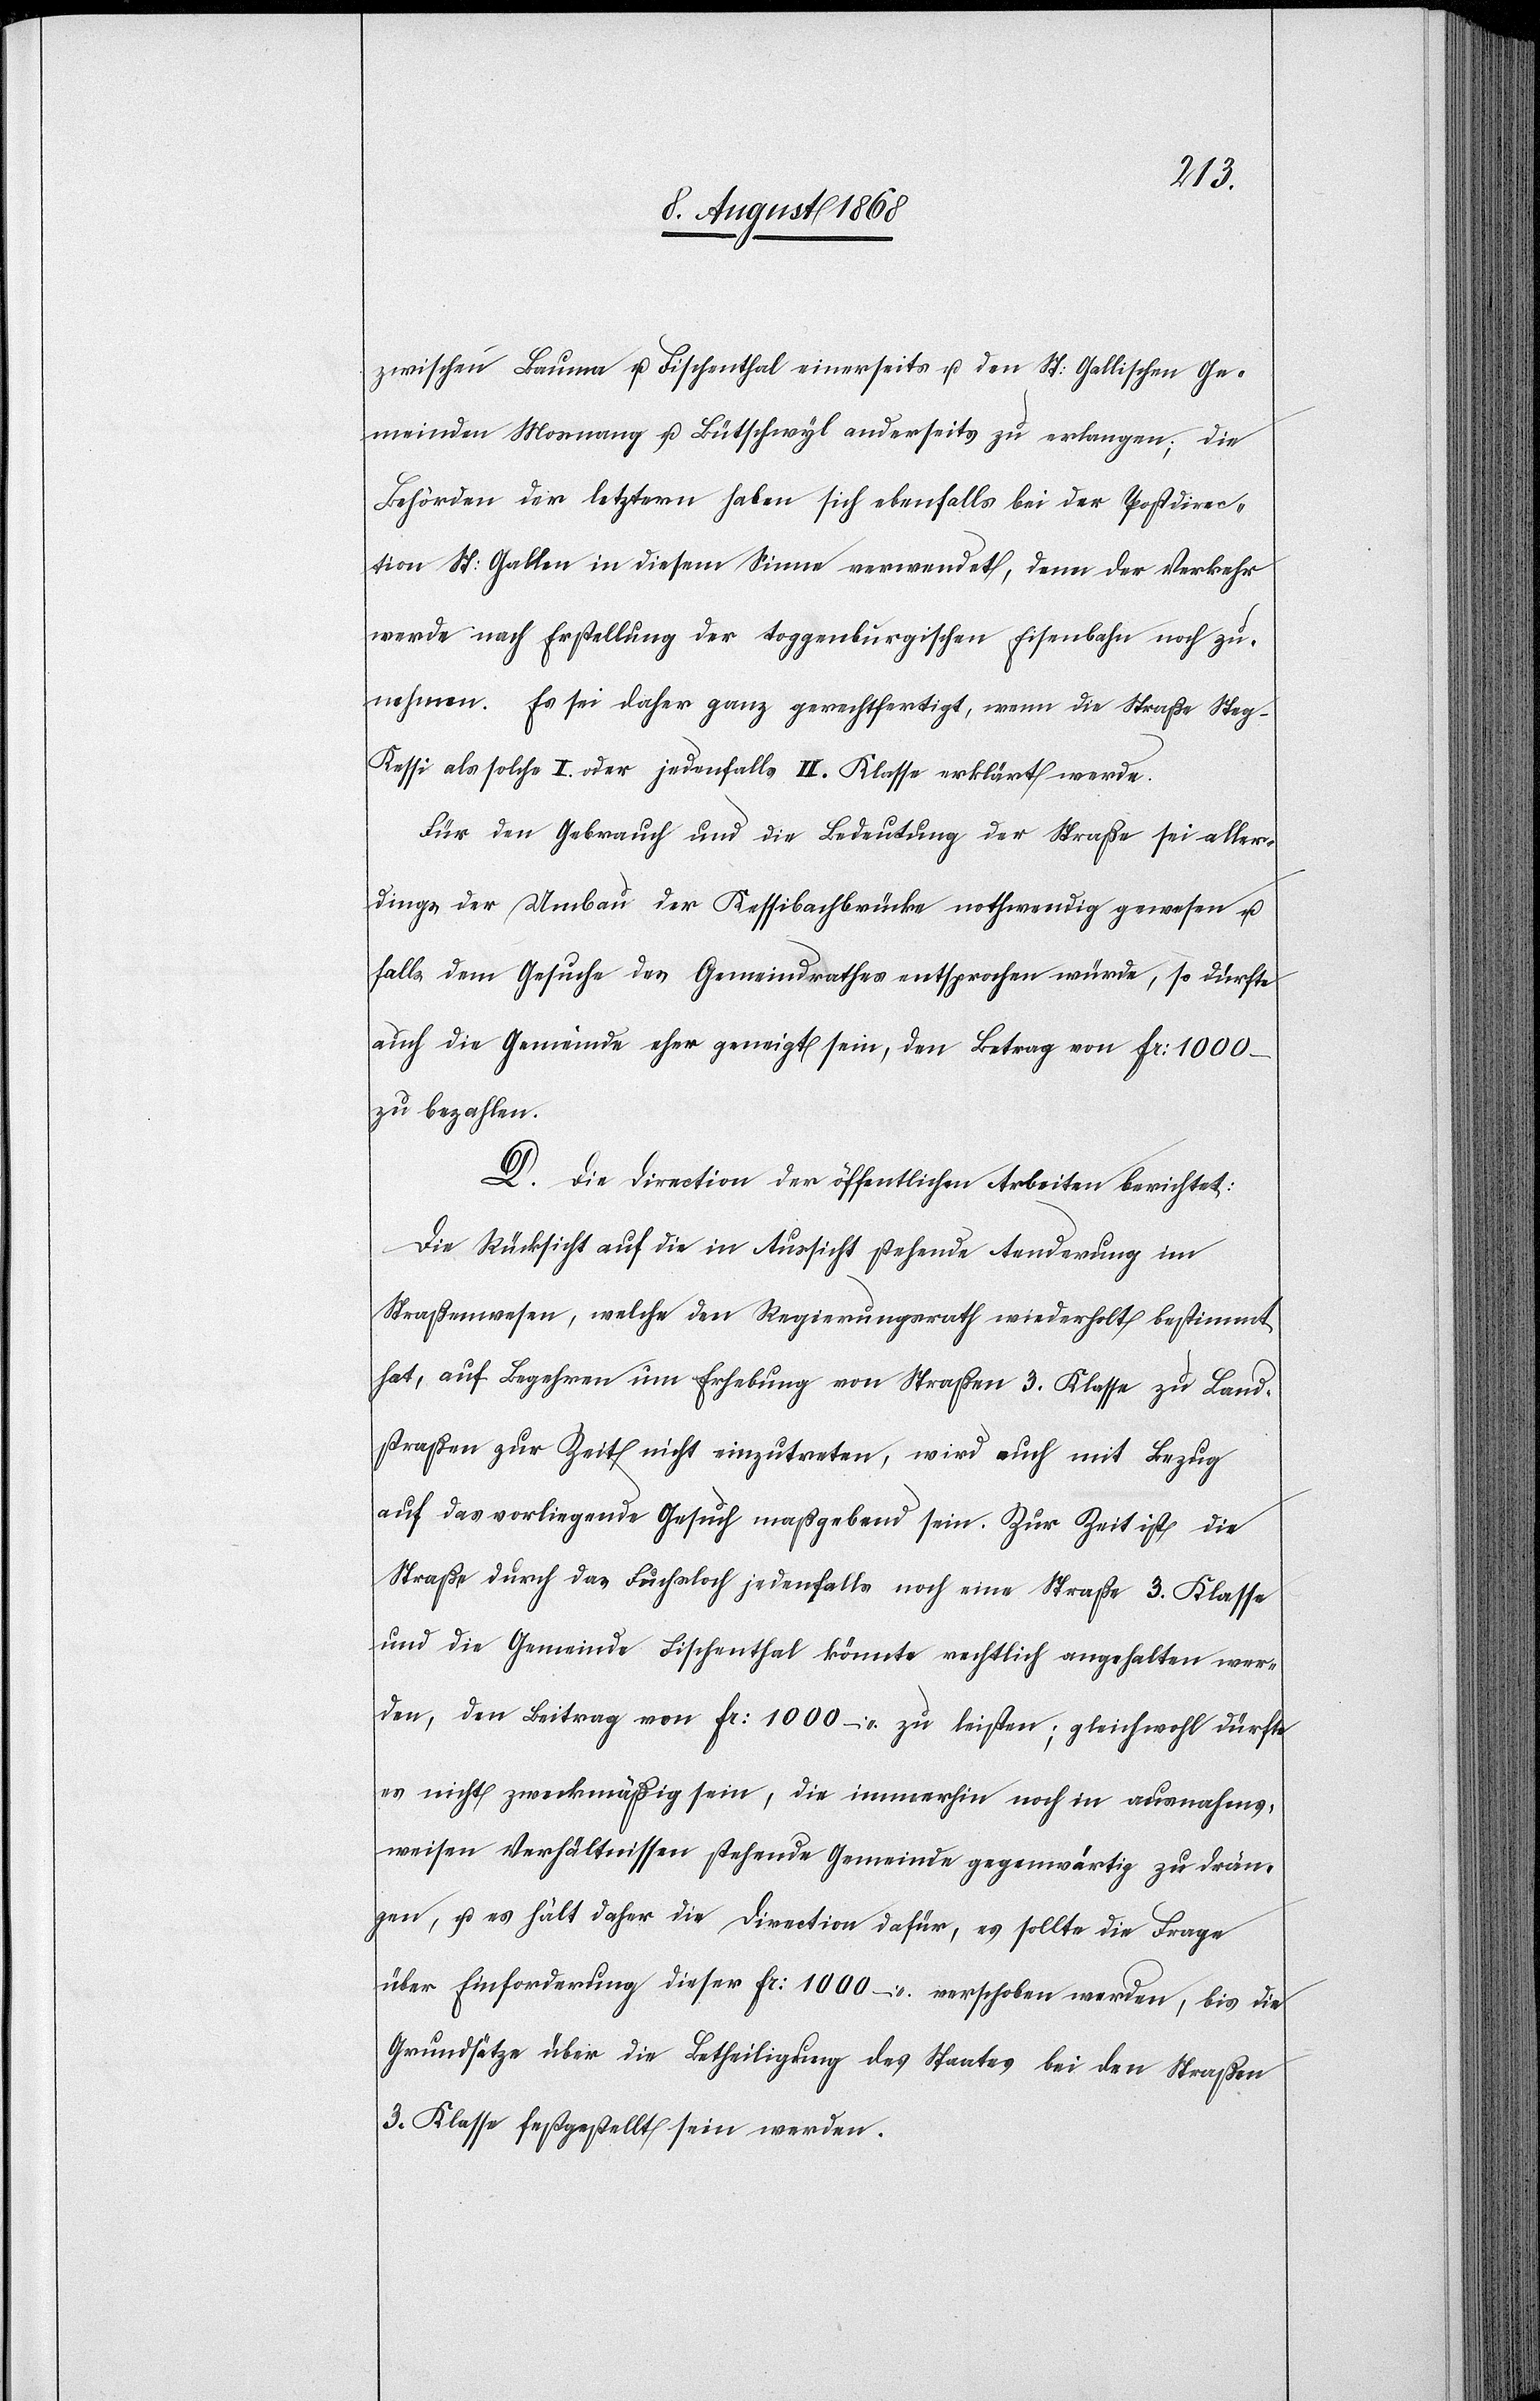
zwischen Bauma u. Fischenthal einerseits u. den St: Gallischen Ge¬
meinden Mosnang u. Bütschwyl anderseits zu erlangen; die
Behörden der letztern haben sich ebenfalls bei der Postdirec¬
tion St: Gallen in diesem Sinne verwendet, denn der Verkehr
werde nach Erstellung der toggenburgischen Eisenbahn noch zu¬
nehmen. Es sei daher ganz gerechtfertigt, wenn die Straße Steg–K¬
essi als solche I. oder jedenfalls II. Klasse erklärt werde.
Für den Gebrauch und die Bedeutung der Straße sei aller¬
dings der Umbau der Kessibachbrücke nothwendig gewesen u.
falls dem Gesuche des Gemeindrathes entsprochen würde, so dürfte
auch die Gemeinde eher geneigt sein, den Betrag von Fr: 1000 –
zu bezahlen.
D. Die Direction der öffentlichen Arbeiten berichtet:
Die Rücksicht auf die in Aussicht stehende Aenderung im
Straßenwesen, welche den Regierungsrath wiederholt bestimmt
hat, auf Begehren um Erhebung von Straßen 3. Klasse zu Land¬
straßen zur Zeit nicht einzutreten, wird auch mit Bezug
auf das vorliegende Gesuch maßgebend sein. Zur Zeit ist die
Straße durch das Fuchsloch jedenfalls noch eine Straße 3. Klasse
und die Gemeinde Fischenthal könnte rechtlich angehalten wer¬
den, den Beitrag von Fr: 1000 – zu leisten; gleichwohl dürfte
es nicht zweckmäßig sein, die immerhin noch in ausnahms¬
weisen Verhältnissen stehende Gemeinde gegenwärtig zu drän¬
gen, u. es hält daher die Direction dafür, es sollte die Frage
über Einforderung dieser Fr: 1000 – verschoben werden, bis die
Grundsätze über die Betheiligung des Staates bei den Straßen
3. Klasse festgestellt sein werden.